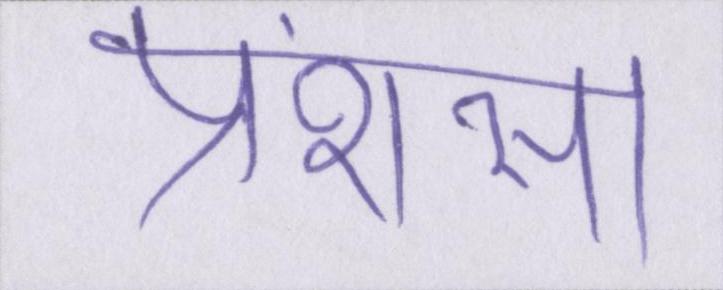
प्रंशसा